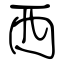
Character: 西